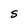
Character: S